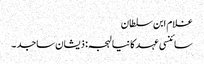
غلام ابن سلطان
سائنسی عہد کا نیا لہجہ: ذیشان ساجد ۔